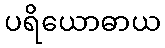
ပရိယောဓာယ